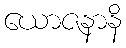
ယောဇနာနိ